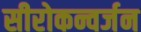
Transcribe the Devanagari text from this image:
सीरोकन्वर्जन